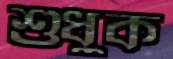
শুধুক